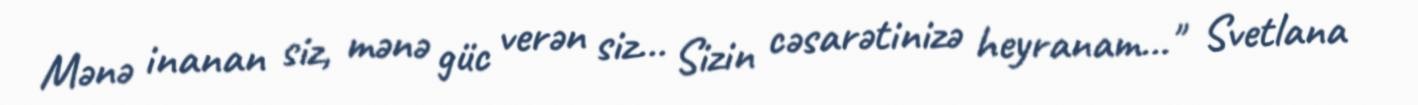
Mənə inanan siz, mənə güc verən siz... Sizin cəsarətinizə heyranam..." Svetlana